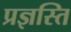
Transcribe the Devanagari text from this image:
प्रज्ञस्ति